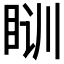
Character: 𰥛